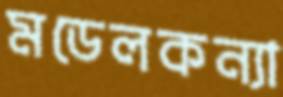
মডেলকন্যা